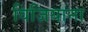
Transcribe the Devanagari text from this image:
विजियाना